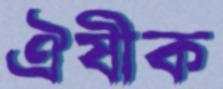
ঐষীক